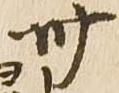
卅